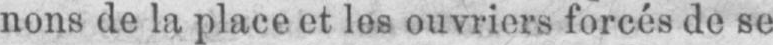
nons de la place et les ouvriers forcés de se